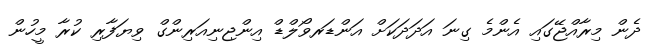
ދެން މިރާއްޖޭގައި އެންމެ ގިނަ އަދަދަކަށް އަންޑަރވޯލްޑް އިންޖިނިއަރިންގް ވިޔަފާރި ކުރާ މީހުން